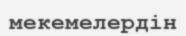
мекемелердін